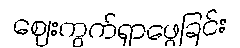
ဈေးကွက်ရှာဖွေခြင်း